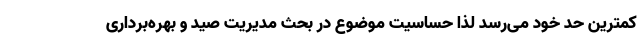
کمترین حد خود می‌رسد لذا حساسیت موضوع در بحث مدیریت صید و بهره‌برداری